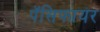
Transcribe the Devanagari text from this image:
पॅसिफायर